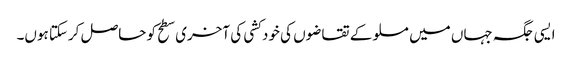
ایسی جگہ جہاں میں مسلو کے تقاضوں کی خود کشی کی آخری سطح کو حاصل کرسکتا ہوں۔